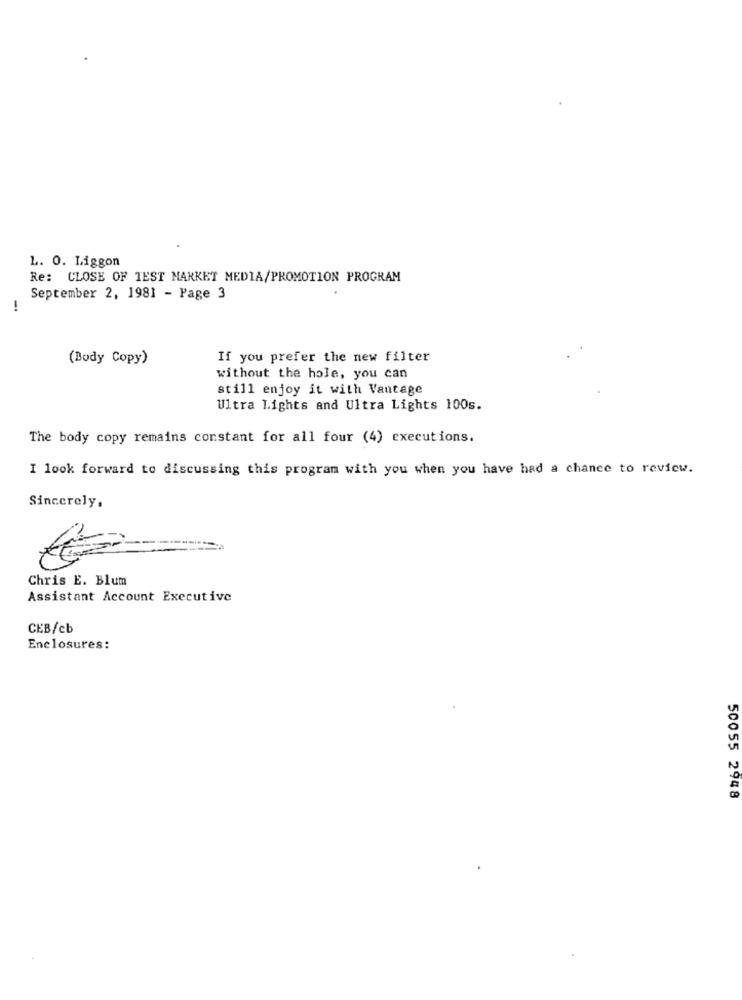
L. O. Liggon
Re: CLOSE OF TEST MARKET MEDIA/PROMOTION PROGRAM
September 2, 1981 - Page 3
-.
(Body Copy)
If you prefer the new filter
without the hole, you can
still enjoy it with Vantage
Ultra Lights and Ultra Lights 100s.
The body copy remains constant for all four (4) executions.
I look forward to discussing this program with you when you have had a chance to review.
Sincerely,
Chris E. Blum
Assistant Account Executive
CEB/cb
Enclosures:
50055 2948